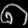
Digit: ၈